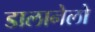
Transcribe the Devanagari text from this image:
डालानेलो